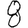
Digit: 8